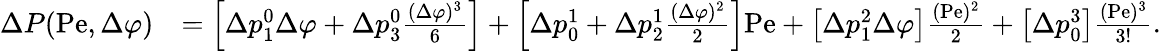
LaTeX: \begin{array}{rl}{\Delta P(\mathrm{Pe},\Delta\varphi)}&{=\left[\Delta p_{1}^{0}\Delta\varphi+\Delta p_{3}^{0}\frac{(\Delta\varphi)^{3}}{6}\right]+\left[\Delta p_{0}^{1}+\Delta p_{2}^{1}\frac{(\Delta\varphi)^{2}}{2}\right]\mathrm{Pe}+\left[\Delta p_{1}^{2}\Delta\varphi\right]\frac{(\mathrm{Pe})^{2}}{2}+\left[\Delta p_{0}^{3}\right]\frac{(\mathrm{Pe})^{3}}{3!}.}\end{array}